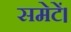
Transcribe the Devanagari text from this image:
समेटें।